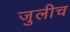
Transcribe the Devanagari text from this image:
जुलीच